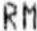
RM